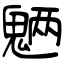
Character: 魉